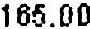
165.0